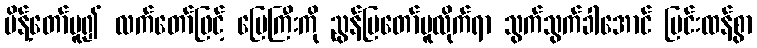
မိန့်တော်မူ၍ လက်တော်ဖြင့် မြေကြီးကို ညွန်ပြတော်မူလိုက်ရာ သွက်သွက်ခါအောင် ပြင်းထန်စွာ